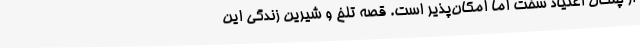
از چنگال اعتیاد سخت اما امکان‌پذیر است. قصه تلخ و شیرین زندگی این